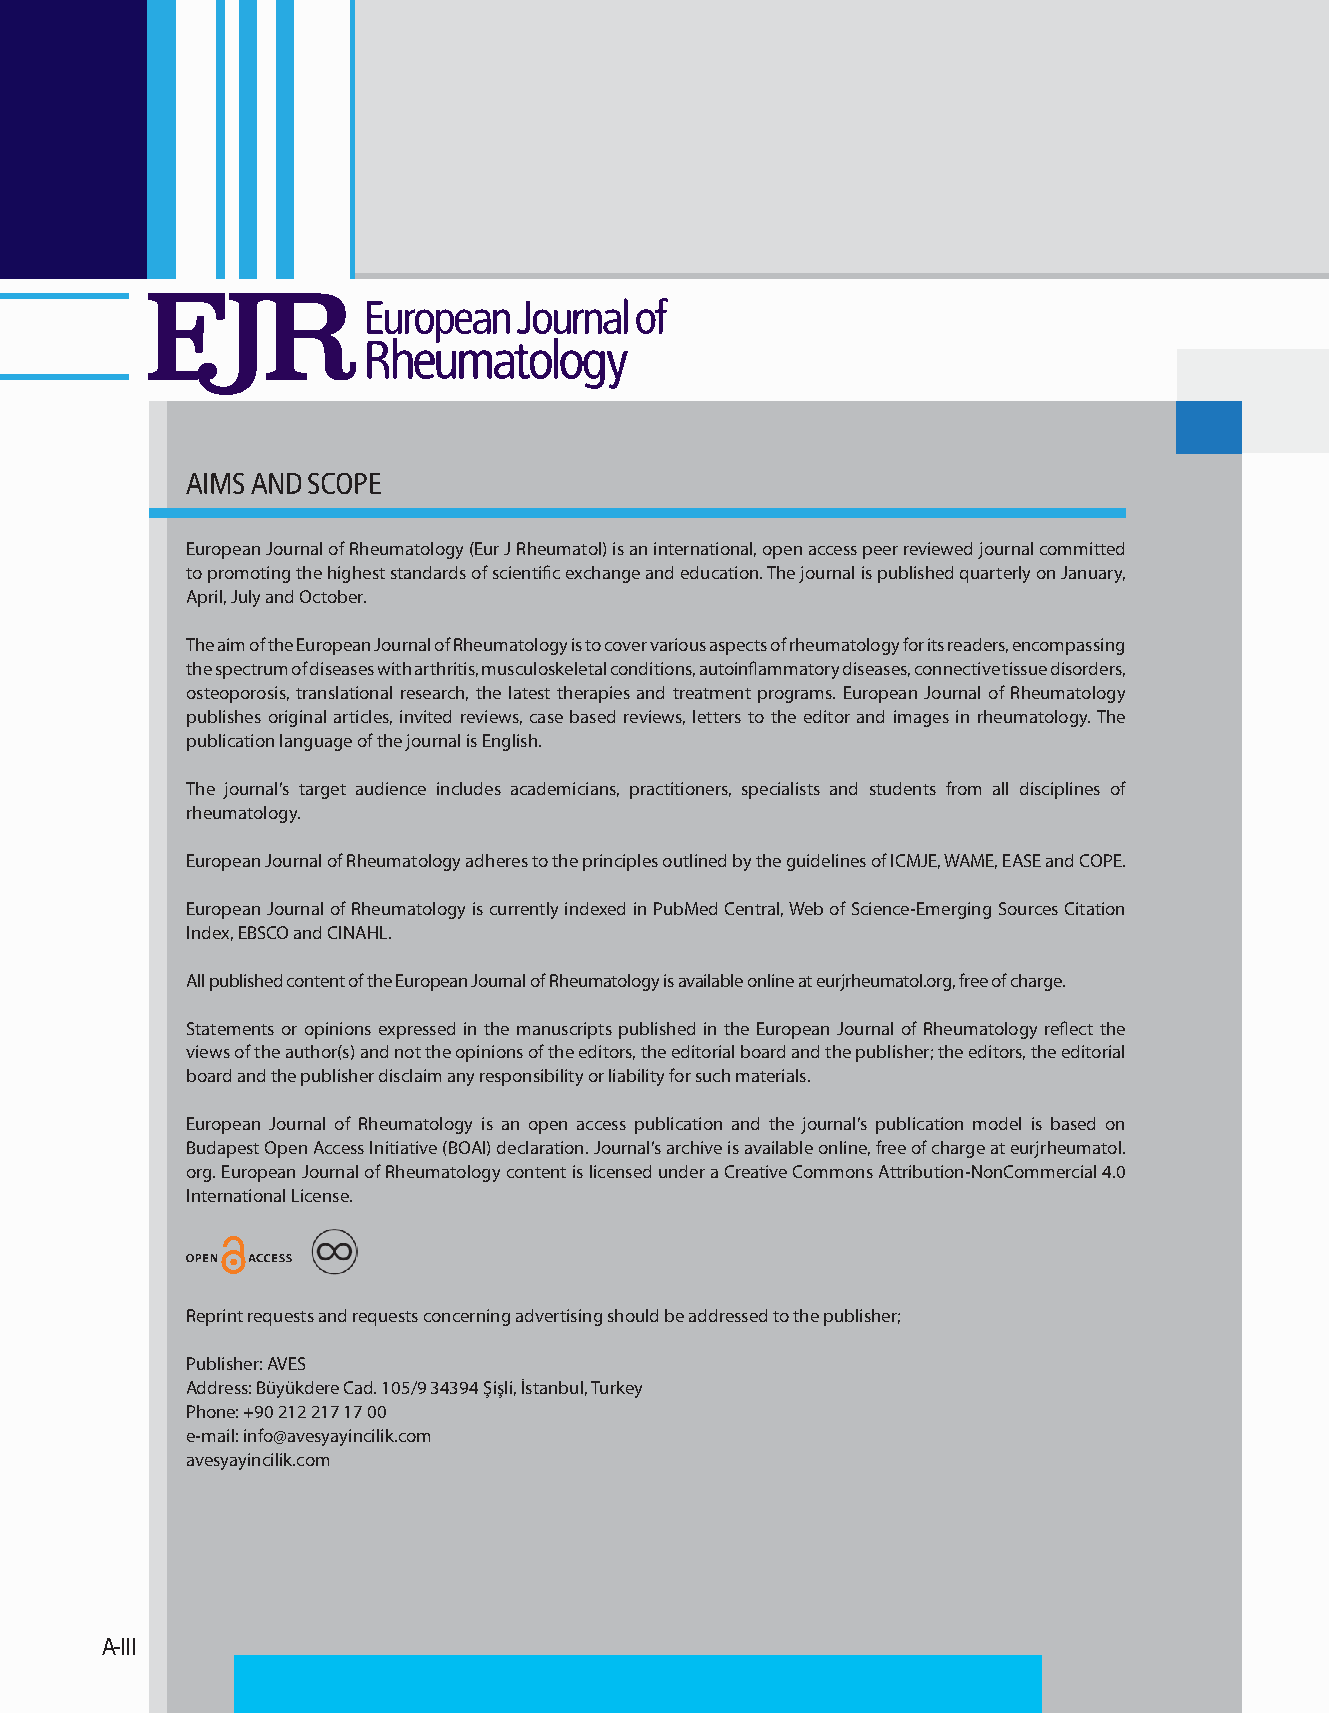
AIMS AND SCOPE
 European Journal of Rheumatology (Eur J Rheumatol) is an international, open access peer reviewed journal committed
 to promoting the highest standards of scientific exchange and education. The journal is published quarterly on January,
 April, July and October.
 The aim of the European Journal of Rheumatology is to cover various aspects of rheumatology for its readers, encompassing
 the spectrum of diseases with arthritis, musculoskeletal conditions, autoinflammatory diseases, connective tissue disorders,
 osteoporosis, translational research, the latest therapies and treatment programs. European Journal of Rheumatology
 publishes original articles, invited reviews, case based reviews, letters to the editor and images in rheumatology. The
 publication language of the journal is English.
 The journal’s target audience includes academicians, practitioners, specialists and students from all disciplines of
 rheumatology.
 European Journal of Rheumatology adheres to the principles outlined by the guidelines of ICMJE, WAME, EASE and COPE.
 European Journal of Rheumatology is currently indexed in PubMed Central, Web of Science-Emerging Sources Citation
 Index, EBSCO and CINAHL.
 All published content of the European Journal of Rheumatology is available online at eurjrheumatol.org, free of charge.
 Statements or opinions expressed in the manuscripts published in the European Journal of Rheumatology reflect the
 views of the author(s) and not the opinions of the editors, the editorial board and the publisher; the editors, the editorial
 board and the publisher disclaim any responsibility or liability for such materials.
 European Journal of Rheumatology is an open access publication and the journal’s publication model is based on
 Budapest Open Access Initiative (BOAI) declaration. Journal’s archive is available online, free of charge at eurjrheumatol.
 org. European Journal of Rheumatology content is licensed under a Creative Commons Attribution-NonCommercial 4.0
 International License.
 Reprint requests and requests concerning advertising should be addressed to the publisher;
 Publisher: AVES
 Address: Büyükdere Cad. 105/9 34394 Şişli, İstanbul, Turkey
 Phone: +90 212 217 17 00
 e-mail: info@avesyayincilik.com
 avesyayincilik.com
 A-III